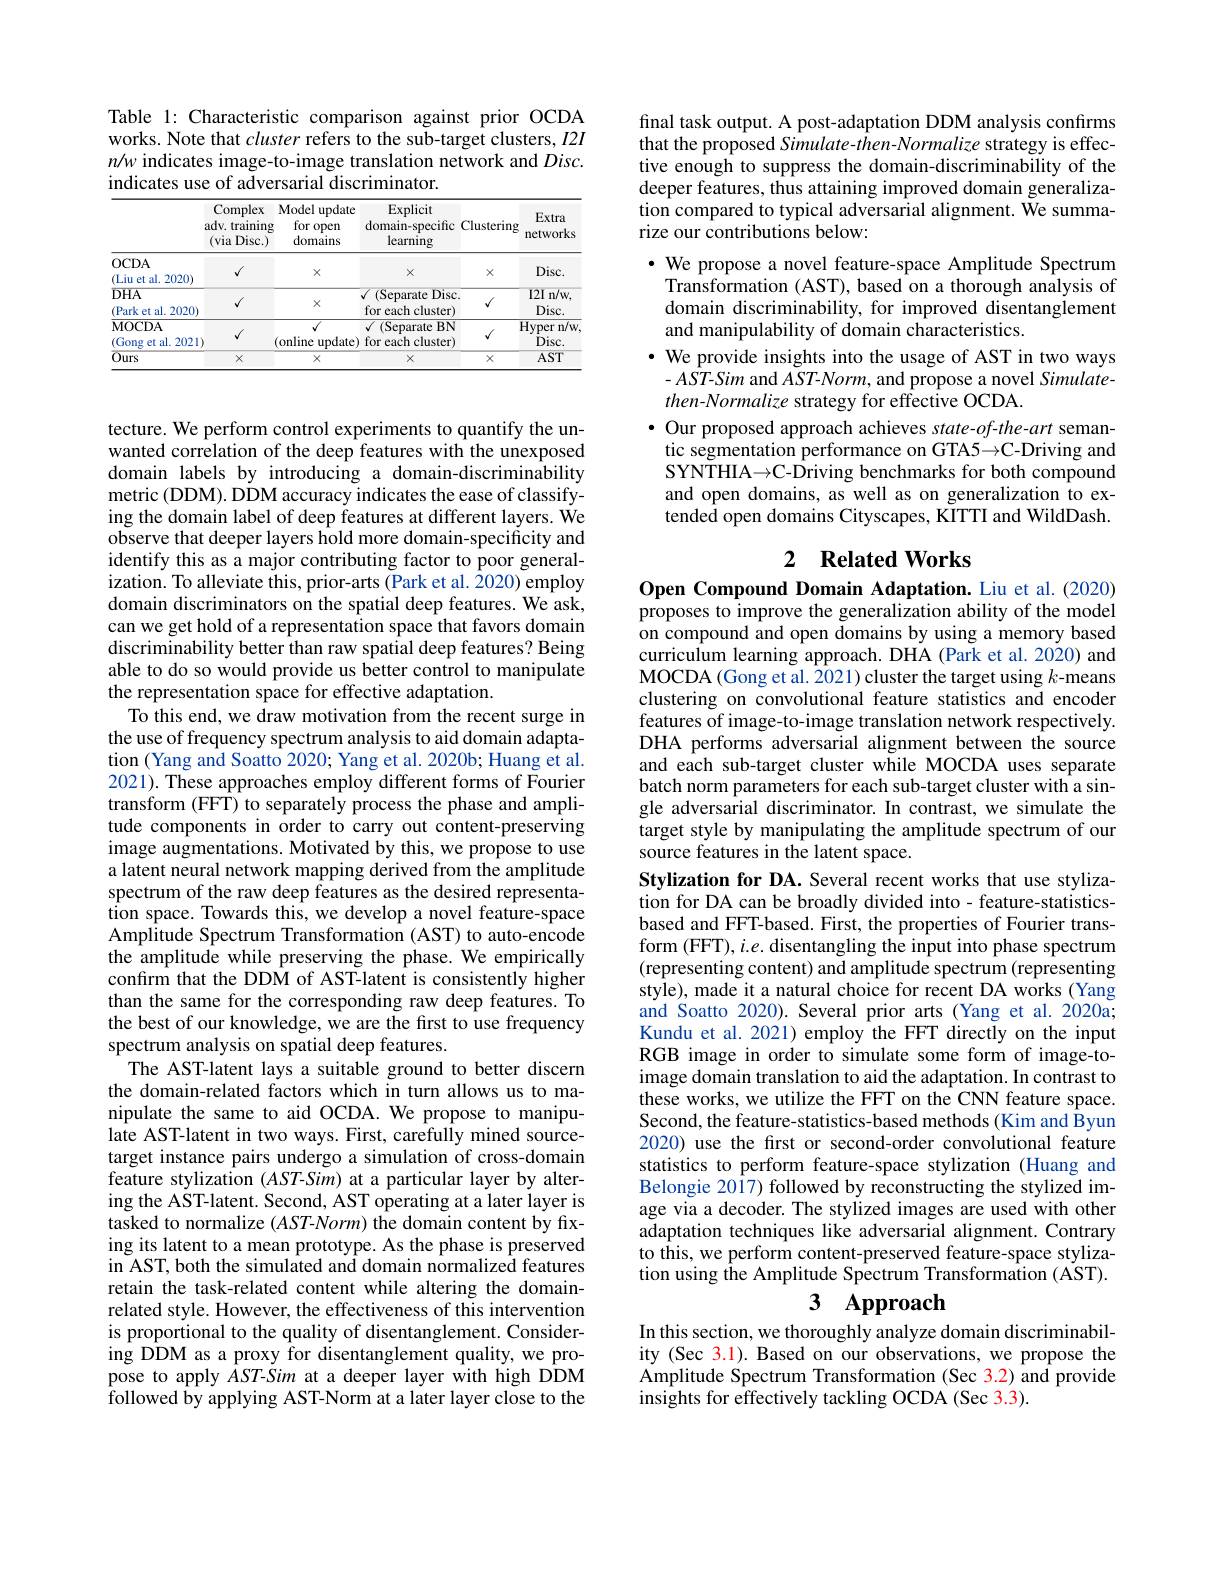
Table 1: Characteristic comparison against prior OCDA works. Note that cluster refers to the sub-target clusters, I2I $n/w$ indicates image-to-image translation network and $Disc.$ indicates use of adversarial discriminator.

<table>
	<tbody>
		<tr>
			<th> </th>
			<th>Complex adv. training (via Disc.)</th>
			<th>Model update for open domains</th>
			<th>Explicit domain-specific learning</th>
			<th>Clustering</th>
			<th>Extra networks</th>
		</tr>
		<tr>
			<td>0CDA (Liu et al. 2020)</td>
			<td>$√$</td>
			<td>$X$</td>
			<td>$X$</td>
			<td>$X$</td>
			<td>$Disc.$</td>
		</tr>
		<tr>
			<td>$DHA$ (Park et al. 2020)</td>
			<td>$√$</td>
			<td>$X$</td>
			<td>(Separate Disc for each cluster)</td>
			<td>$√$</td>
			<td>$I2In/w$, $Disc.$</td>
		</tr>
		<tr>
			<td>MOCDA (Gong et al.2 2021 </td>
			<td>$√$</td>
			<td>(online $\operatorname{update})$</td>
			<td>$\overline{(\text{Separate}}$ $\because BN$ for each cluster)</td>
			<td>$√$</td>
			<td>Hyper n/w $Disc.$</td>
		</tr>
		<tr>
			<td>$\overline{Ours}$</td>
			<td>$X$</td>
			<td>$X$</td>
			<td>$X$</td>
			<td>$X$</td>
			<td>$AST$</td>
		</tr>
	</tbody>
</table>

tecture. We perform control experiments to quantify the unwanted correlation of the deep features with the unexposed domain labels by introducing a domain-discriminability metric (DDM). DDM accuracy indicates the ease of classifying the domain label of deep features at different layers. We observe that deeper layers hold more domain-specificity and identify this as a major contributing factor to poor generalization. To alleviate this, prior-arts (Park et al. 2020) employ domain discriminators on the spatial deep features. We ask, can we get hold of a representation space that favors domain discriminability better than raw spatial deep features? Being able to do so would provide us better control to manipulate the representation space for effective adaptation.
To this end, we draw motivation from the recent surge in the use of frequency spectrum analysis to aid domain adaptation (Yang and Soatto 2020; Yang et al. 2020b; Huang et al. 2021). These approaches employ different forms of Fourier transform (FFT) to separately process the phase and amplitude components in order to carry out content-preserving image augmentations. Motivated by this, we propose to use a latent neural network mapping derived from the amplitude spectrum of the raw deep features as the desired representation space. Towards this, we develop a novel feature-space Amplitude Spectrum Transformation (AST) to auto-encode the amplitude while preserving the phase. We empirically confirm that the DDM of AST-latent is consistently higher than the same for the corresponding raw deep features. To the best of our knowledge, we are the first to use frequency spectrum analysis on spatial deep features.
The AST-latent lays a suitable ground to better discern the domain-related factors which in turn allows us to manipulate the same to aid OCDA. We propose to manipulate AST-latent in two ways. First, carefully mined sourcetarget instance pairs undergo a simulation of cross-domain feature stylization (AST-Sim) at a particular layer by altering the AST-latent. Second, AST operating at a later layer is tasked to normalize (AST-Norm) the domain content by fixing its latent to a mean prototype. As the phase is preserved in AST, both the simulated and domain normalized features retain the task-related content while altering the domainrelated style. However, the effectiveness of this intervention is proportional to the quality of disentanglement. Considering DDM as a proxy for disentanglement quality, we propose to apply $\dot{A}ST-Sim$ at a deeper layer with high DDM followed by applying AST-Norm at a later layer close to the

final task output. A post-adaptation DDM analysis confirms that the proposed Simulate-then-Normalize strategy is effective enough to suppress the domain-discriminability of the deeper features, thus attaining improved domain generalization compared to typical adversarial alignment. We summarize our contributions below:

$\cdot$ We propose a novel feature-space Amplitude Spectrum
Transformation (AST), based on a thorough analysis of domain discriminability, for improved disentanglement and manipulability of domain characteristics.
· We provide insights into the usage of AST in two ways
$-A\hat{ST}$-Sim and AST-Norm, and propose a novel Simulate-
$then-Normalize$ strategy for effective OCDA.
$\bullet$ Our proposed approach achieves state-of-the-art semantic segmentation performance on GTA5$\to$C-Driving and SYNTHIA$\to$C-Driving benchmarks for both compound and open domains, as well as on generalization to extended open domains Cityscapes, KITTI and WildDash.

## 2 $\textbf{Related Works}$

Open Compound Domain Adaptation. Liu et al.(2020) proposes to improve the generalization ability of the model on compound and open domains by using a memory based curriculum learning approach. DHA (Park et al.2020) and MOCDA (Gong et al. 2021) cluster the target using $k$-means clustering on convolutional feature statistics and encoder features of image-to-image translation network respectively. DHA performs adversarial alignment between the source and each sub-target cluster while MOCDA uses separate batch norm parameters for each sub-target cluster with a single adversarial discriminator. In contrast, we simulate the target style by manipulating the amplitude spectrum of our source features in the latent space.
Stylization for DA. Several recent works that use stylization for DA can be broadly divided into - feature-statisticsbased and FFT-based. First, the properties of Fourier transform (FFT), $i.e.$ disentangling the input into phase spectrum (representing content) and amplitude spectrum (representing style), made it a natural choice for recent DA works (Yang and Soatto 2020). Several prior arts (Yang et al. 2020a; Kundu et al. 2021) employ the FFT directly on the input RGB image in order to simulate some form of image-toimage domain translation to aid the adaptation. In contrast to these works, we utilize the FFT on the CNN feature space. Second, the feature-statistics-based methods(Kim and ÎByun 2020) use the first or second-order convolutional feature statistics to perform feature-space stylization (Huang and Belongie 2017) followed by reconstructing the stylized image via a decoder. The stylized images are used with other adaptation techniques like adversarial alignment. Contrary to this, we perform content-preserved feature-space stylization using the Amplitude Spectrum Transformation (AST).
3 Approach

In this section, we thoroughly analyze domain discriminability (Sec 3.1). Based on our observations, we propose the Amplitude Spectrum Transformation (Sec 3.2) and provide $\hat{\text{insights for effectively tackling OCDA (Sec 3.3)}}.$